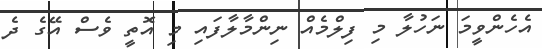
އެހެންވީމަ ނަހުލާ މި ފިލްމެއް ނިންމާލާފައި މި އޮތީ ވެސް އޭގެ ދެ